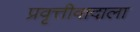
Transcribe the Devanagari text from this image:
प्रवृत्तीवादाला